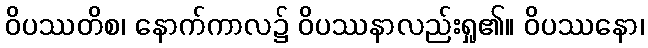
ဝိပဿတိစ၊ နောက်ကာလ၌ ဝိပဿနာလည်းရှု၏။ ဝိပဿနော၊